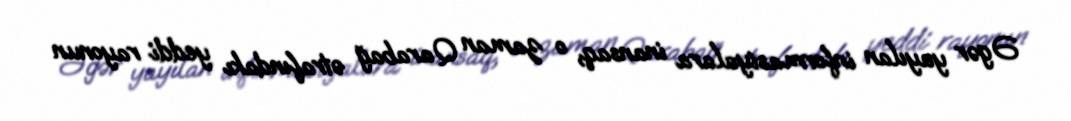
Əgər yayılan informasiyalara inansaq, o zaman Qarabağ ətrafındakı yeddi rayonun